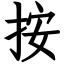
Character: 按